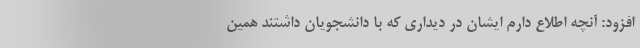
افزود: آنچه اطلاع دارم ایشان در دیداری که با دانشجویان داشتند همین